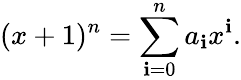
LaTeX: (x+1)^{n}=\sum_{\mathbf{i}=0}^{n}a_{\mathbf{i}}x^{\mathbf{i}}.